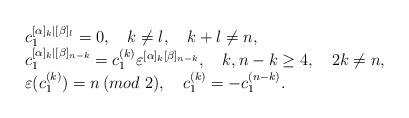
\begin{align*}\begin{array}{l}c_1^{[\alpha]_k|[\beta]_l}=0,\quad k\neq l,\quad k+l\neq n, \\c_1^{[\alpha]_k|[\beta]_{n-k}}=c_1^{(k)}\varepsilon^{[\alpha]_k[\beta]_{n-k}},\quad k,n-k\ge4,\quad 2k\neq n, \\\varepsilon(c_1^{(k)})=n\,(mod\,\,2),\quad c_1^{(k)}=-c_1^{(n-k)}.\end{array}\end{align*}